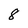
Character: 8